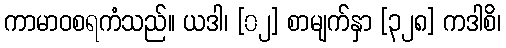
ကာမာဝစရကံသည်။ ယဒါ၊ [၀၂] စာမျက်နှာ [၃၂၈] ကဒါစိ၊